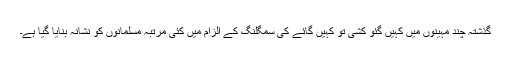
گذشتہ چند مہینوں میں کہیں گئو کشی تو کہیں گائے کی سمگلنگ کے الزام میں کئی مرتبہ مسلمانوں کو نشانہ بنایا گیا ہے۔